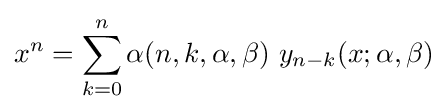
x^{n}=\sum _{k=0}^{n}\alpha (n,k,\alpha ,\beta )\ y_{n-k}(x;\alpha ,\beta )